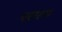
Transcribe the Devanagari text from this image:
परारूप